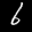
Label: 6